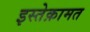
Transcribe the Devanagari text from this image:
इस्तेक़ामत